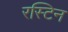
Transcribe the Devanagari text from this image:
रस्टिन